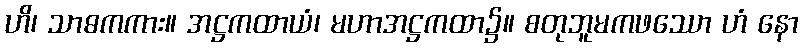
ဟိ၊ သာဓကကား။ အဋ္ဌကထာယံ၊ မဟာအဋ္ဌကထာ၌။ စတုဘူမကဖဿော ဟံ နော